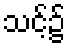
သင့်၌